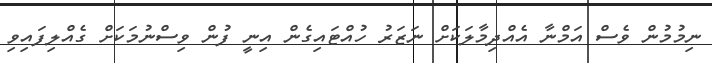
ނިމުމުން ވެސް އަމްނާ އެއްދިމާލަކަށް ނަޒަރު ހުއްޓައިގެން އިނީ ފުން ވިސްނުމަކަށް ގެއްލިފައިވި